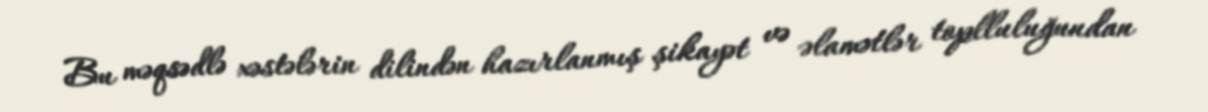
Bu məqsədlə xəstələrin dilindən hazırlanmış şikayət və əlamətlər toplluluğundan